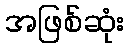
အဖြစ်ဆုံး